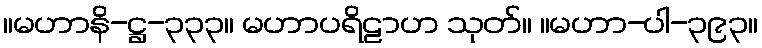
။မဟာနိ-ဋ္ဌ-၃၃၃။ မဟာပရိဠာဟ သုတ်။ ။မဟာ-ပါ-၃၉၃။